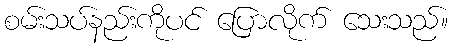
စမ်းသပ်နည်းကိုပင် ပြောလိုက် သေးသည်။